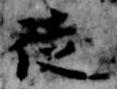
徒